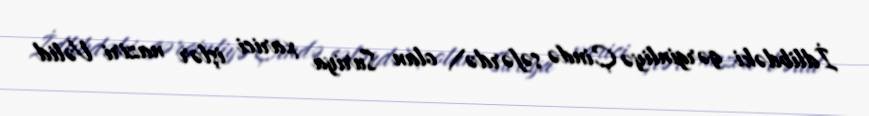
İdlibdəki gərginliyə Çində səfərdə\ olan Suriya xarici işlər naziri Vəlid